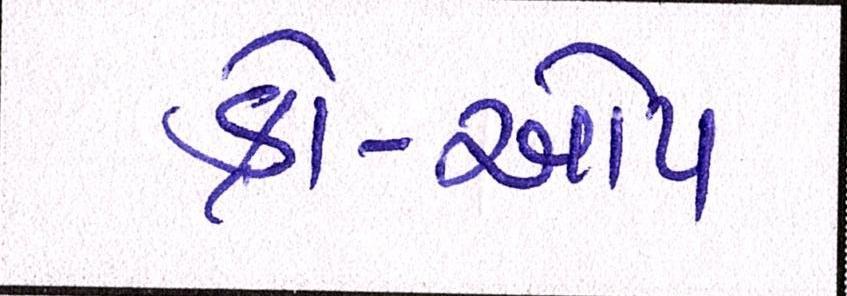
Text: કો-ઓપ